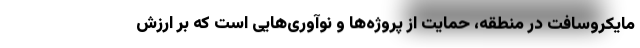
مایکروسافت در منطقه، حمایت از پروژه‌ها و نوآوری‌هایی است که بر ارزش